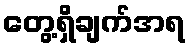
တွေ့ရှိချက်အရ